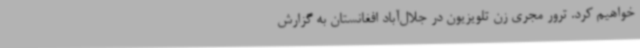
خواهیم کرد. ترور مجری زن تلویزیون در جلال‌آباد افغانستان به گزارش